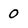
Character: 0